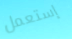
إستعمل